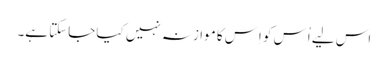
اس لیے اُس کو اِس کا موازنہ نہیں کیا جاسکتا ہے۔